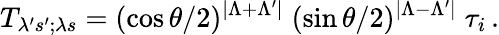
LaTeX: T_{\lambda^{\prime}s^{\prime};\lambda s}=(\cos\theta/2)^{|\Lambda+\Lambda^{\prime}|}\; (\sin\theta/2)^{|\Lambda-\Lambda^{\prime}|}\; \tau_{i}\, .